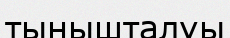
тынышталуы